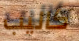
كاليب